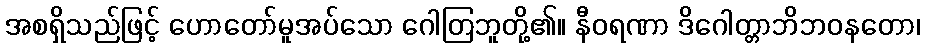
အစရှိသည်ဖြင့် ဟောတော်မူအပ်သော ဂေါတြဘူတို့၏။ နီဝရဏာ ဒိဂေါတ္တာဘိဘဝနတော၊